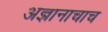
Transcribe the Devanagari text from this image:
अज्ञानाचाच